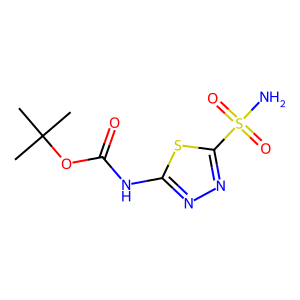
SMILES: CC(C)(C)OC(=O)Nc1nnc(S(N)(=O)=O)s1
Inhibits HIV replication: Yes